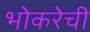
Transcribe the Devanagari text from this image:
भोकरेची